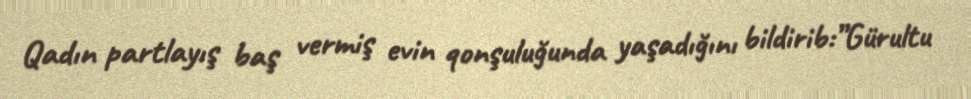
Qadın partlayış baş vermiş evin qonşuluğunda yaşadığını bildirib:”Gürultu